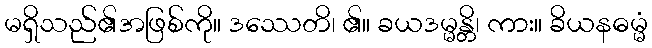
မရှိသည်၏အဖြစ်ကို။ ဒဿေတိ၊ ၏။ ခယဒမ္မန္တိ၊ ကား။ ခိယနဓမ္မံ